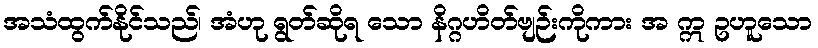
အသံထွက်နိုင်သည်၊ အံဟု ရွတ်ဆိုရ သော နိဂ္ဂဟိတ်ဗျဉ်းကိုကား အ ဣ ဥဟူသော